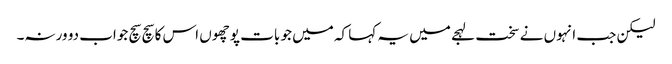
لیکن جب انہوں نے سخت لہجے میں یہ کہا کہ میں جو بات پوچھوں اس کا سچ سچ جواب دو ورنہ۔